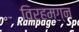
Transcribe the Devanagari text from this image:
विरहमग्न